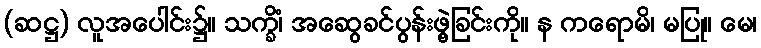
(ဆဋ္ဌ) လူအပေါင်း၌။ သက္ခိံ၊ အဆွေခင်ပွန်းဖွဲ့ခြင်းကို။ န ကရောမိ၊ မပြု။ မေ၊